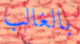
بالغالب